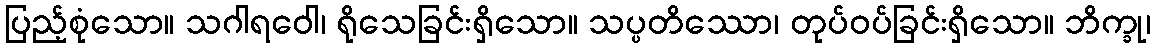
ပြည့်စုံသော။ သဂါရဝေါ၊ ရိုသေခြင်းရှိသော။ သပ္ပတိဿော၊ တုပ်ဝပ်ခြင်းရှိသော။ ဘိက္ခု၊